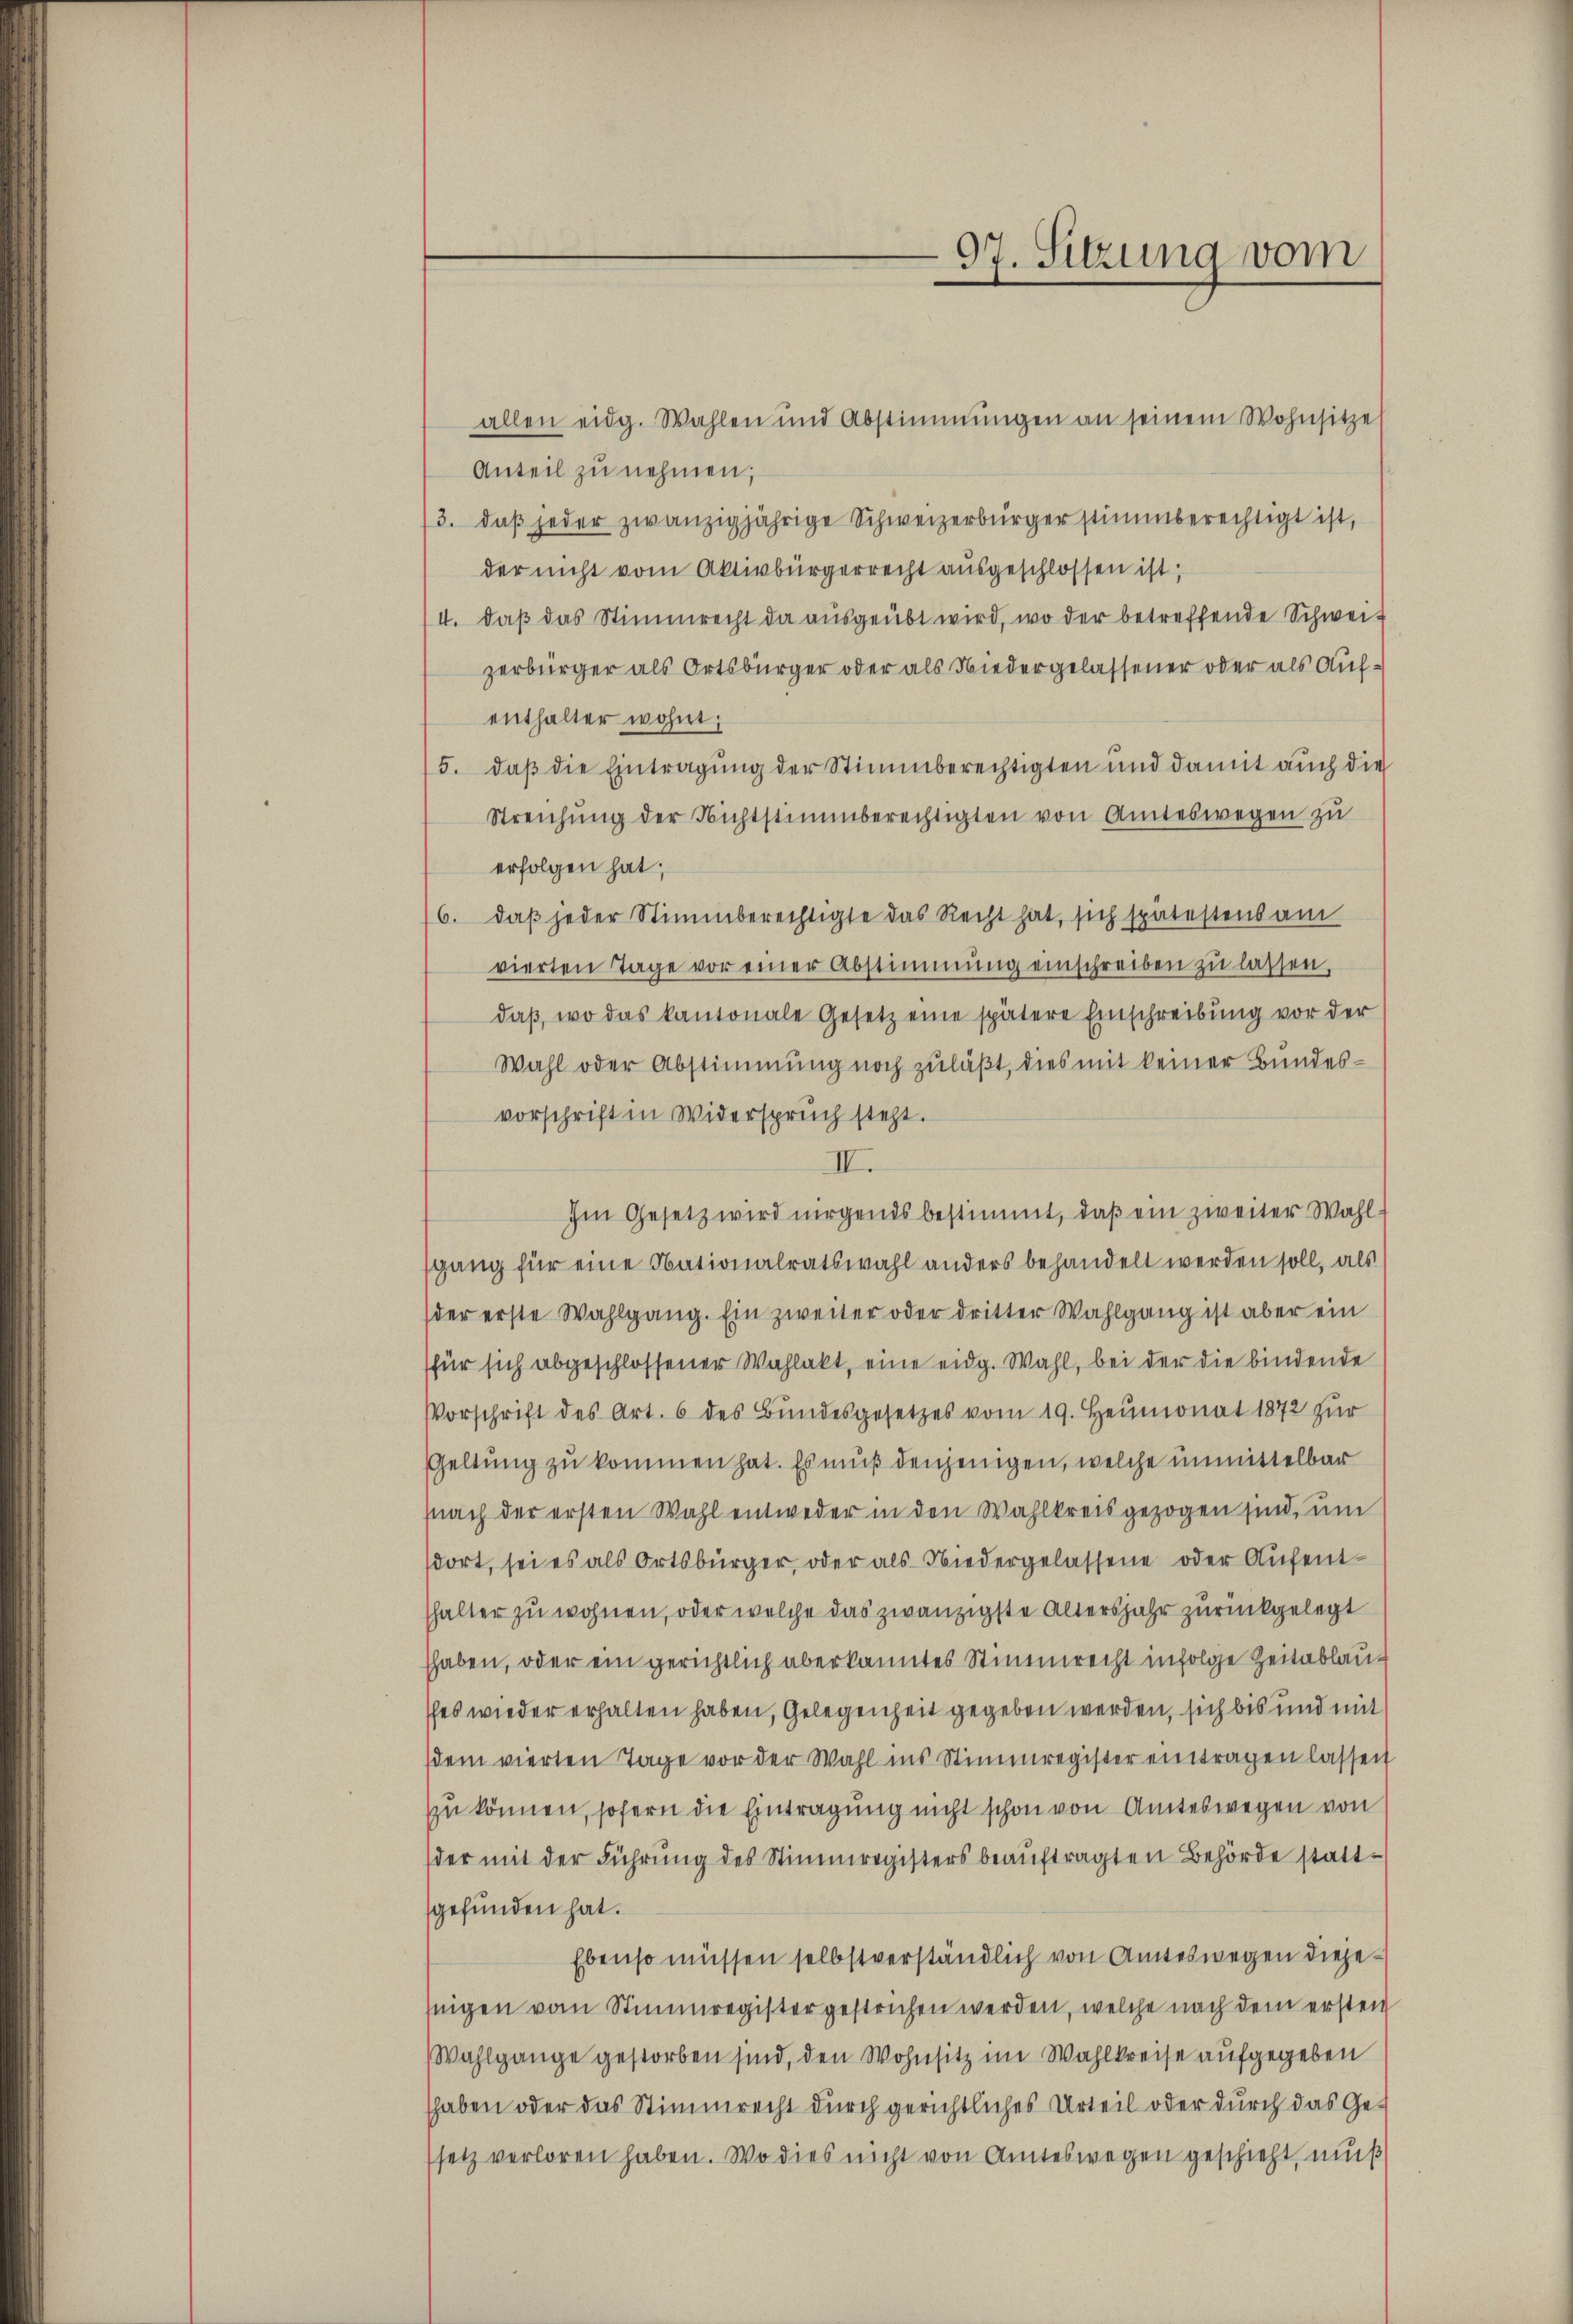
Anteil zu nehmen,
3. daβ jeder zwanzigjährige Schweizerbürger stimmberechtigt ist,
der nicht vom Aktivbürgerrecht ausgeschlossen ist;
4. daβ das Stimmrecht da aŭsgeübt wird, wo der betreffende Schwei-
zerbürger als Ortsbürger oder als Niedergelassener oder als Aufenthalter wohnt;
5. daß die Eintragung der Stimmberechtigten und damit auch die
Streichung der Nichtstimmberechtigten von Amteswegen zu
erfolgen hat;
6. daβ jeder Stimmberechtigte das Recht hat, sich spätestensam
vierten Tage vor einer Abstimmung einschreiben zu lassen,
daβ, wo das kantonale Gesetz eine spätere Einschreibŭng vor der
Wahl oder Abstimmung noch zuläßt, dies mit keiner Bundesvorschrift in Widerspruch steht.
II.
Im Gesetz wird nirgends bestimmt, daβ ein zweiter Wahlsgang für eine Nationalratswahl anders behandelt werden soll, als
der erste Wahlgang. Ein zweiter oder dritter Wahlgang ist aber ein
für sich abgeschlossener Wahlakt, eine eidg. Wahl, bei der die bindende
Vorschrift des Art. 6 des Bŭndesgesetzes vom 19. Heumonat 1872 zur
Geltung zu kommen hat. Es muß denjenigen, welche unmittelbar
nach der ersten Wahl entweder in den Wahlkreis gezogen sind, um
dort, sei es als Ortsbürger, oder als Niedergelassene oder Aufent-
shalter zu wohnen, oder welche das zwanzigste Altersjahr zurückgelegt
haben, oder ein gerichtlich aberkanntes Stimmrecht infolge Zeitablauses wieder erhalten haben, Gelegenheit gegeben werden, sich bis und mit
dem vierten Tage vor der Wahl ins Stimmregister eintragen lassen
zu können, sofern die Eintragung nicht schon von Amteswegen von
der mit der Führŭng des Stimmregisters beaŭftragten Behörde statt-
gefunden hat.
Ebenso müssen selbstverständlich von Amteswegen diejenigen vom Stimmregister gestrichen werden, welche nach dem ersten
Wahlgange gestorben sind, den Wohnsitz im Wahlkreise aufgegeben
haben oder das Stimmrecht durch gerichtliches Urteil oder durch das Gesetz verloren haben. Wo dies nicht von Amteswegen geschieht, muß

allen eidg. Wahlen und Abstimmungen an seinem Wohnsitze

97. Sitzung vom